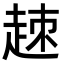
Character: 𧻕